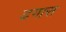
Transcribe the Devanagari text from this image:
ढगास